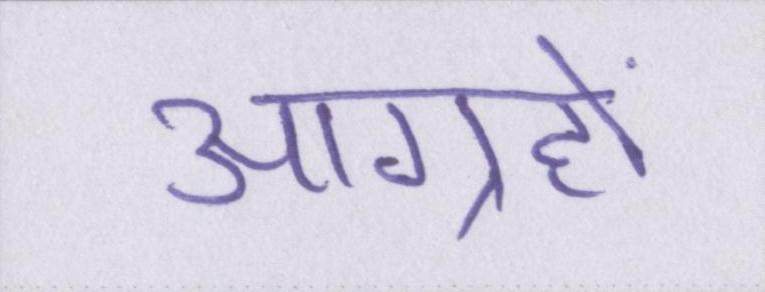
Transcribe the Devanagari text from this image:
आग्रहों